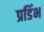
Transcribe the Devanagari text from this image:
प्रडिंभ